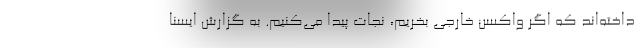
داخته‌اند که اگر واکسن خارجی بخریم، نجات پیدا می‌کنیم. به گزارش ایسنا